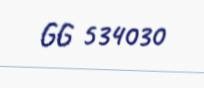
GG 534030